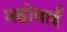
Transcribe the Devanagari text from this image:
महोबाई